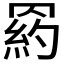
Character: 𦋩